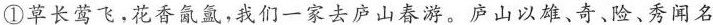
①草长莺飞，花香氤氲，我们一家去庐山春游。庐山以雄、奇 、险、秀闻名